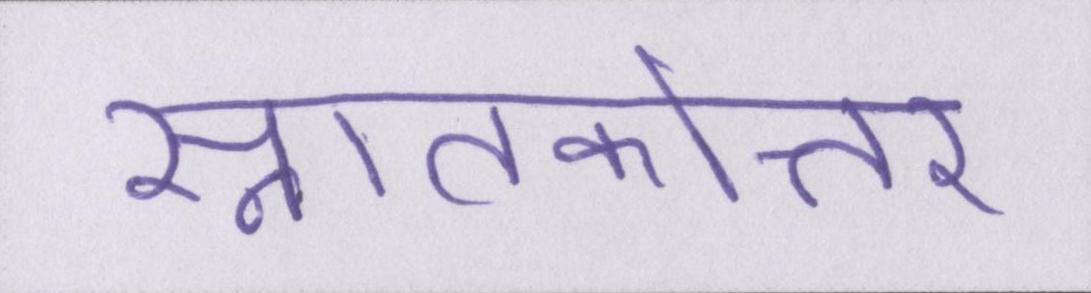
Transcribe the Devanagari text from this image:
स्नातकोत्तर